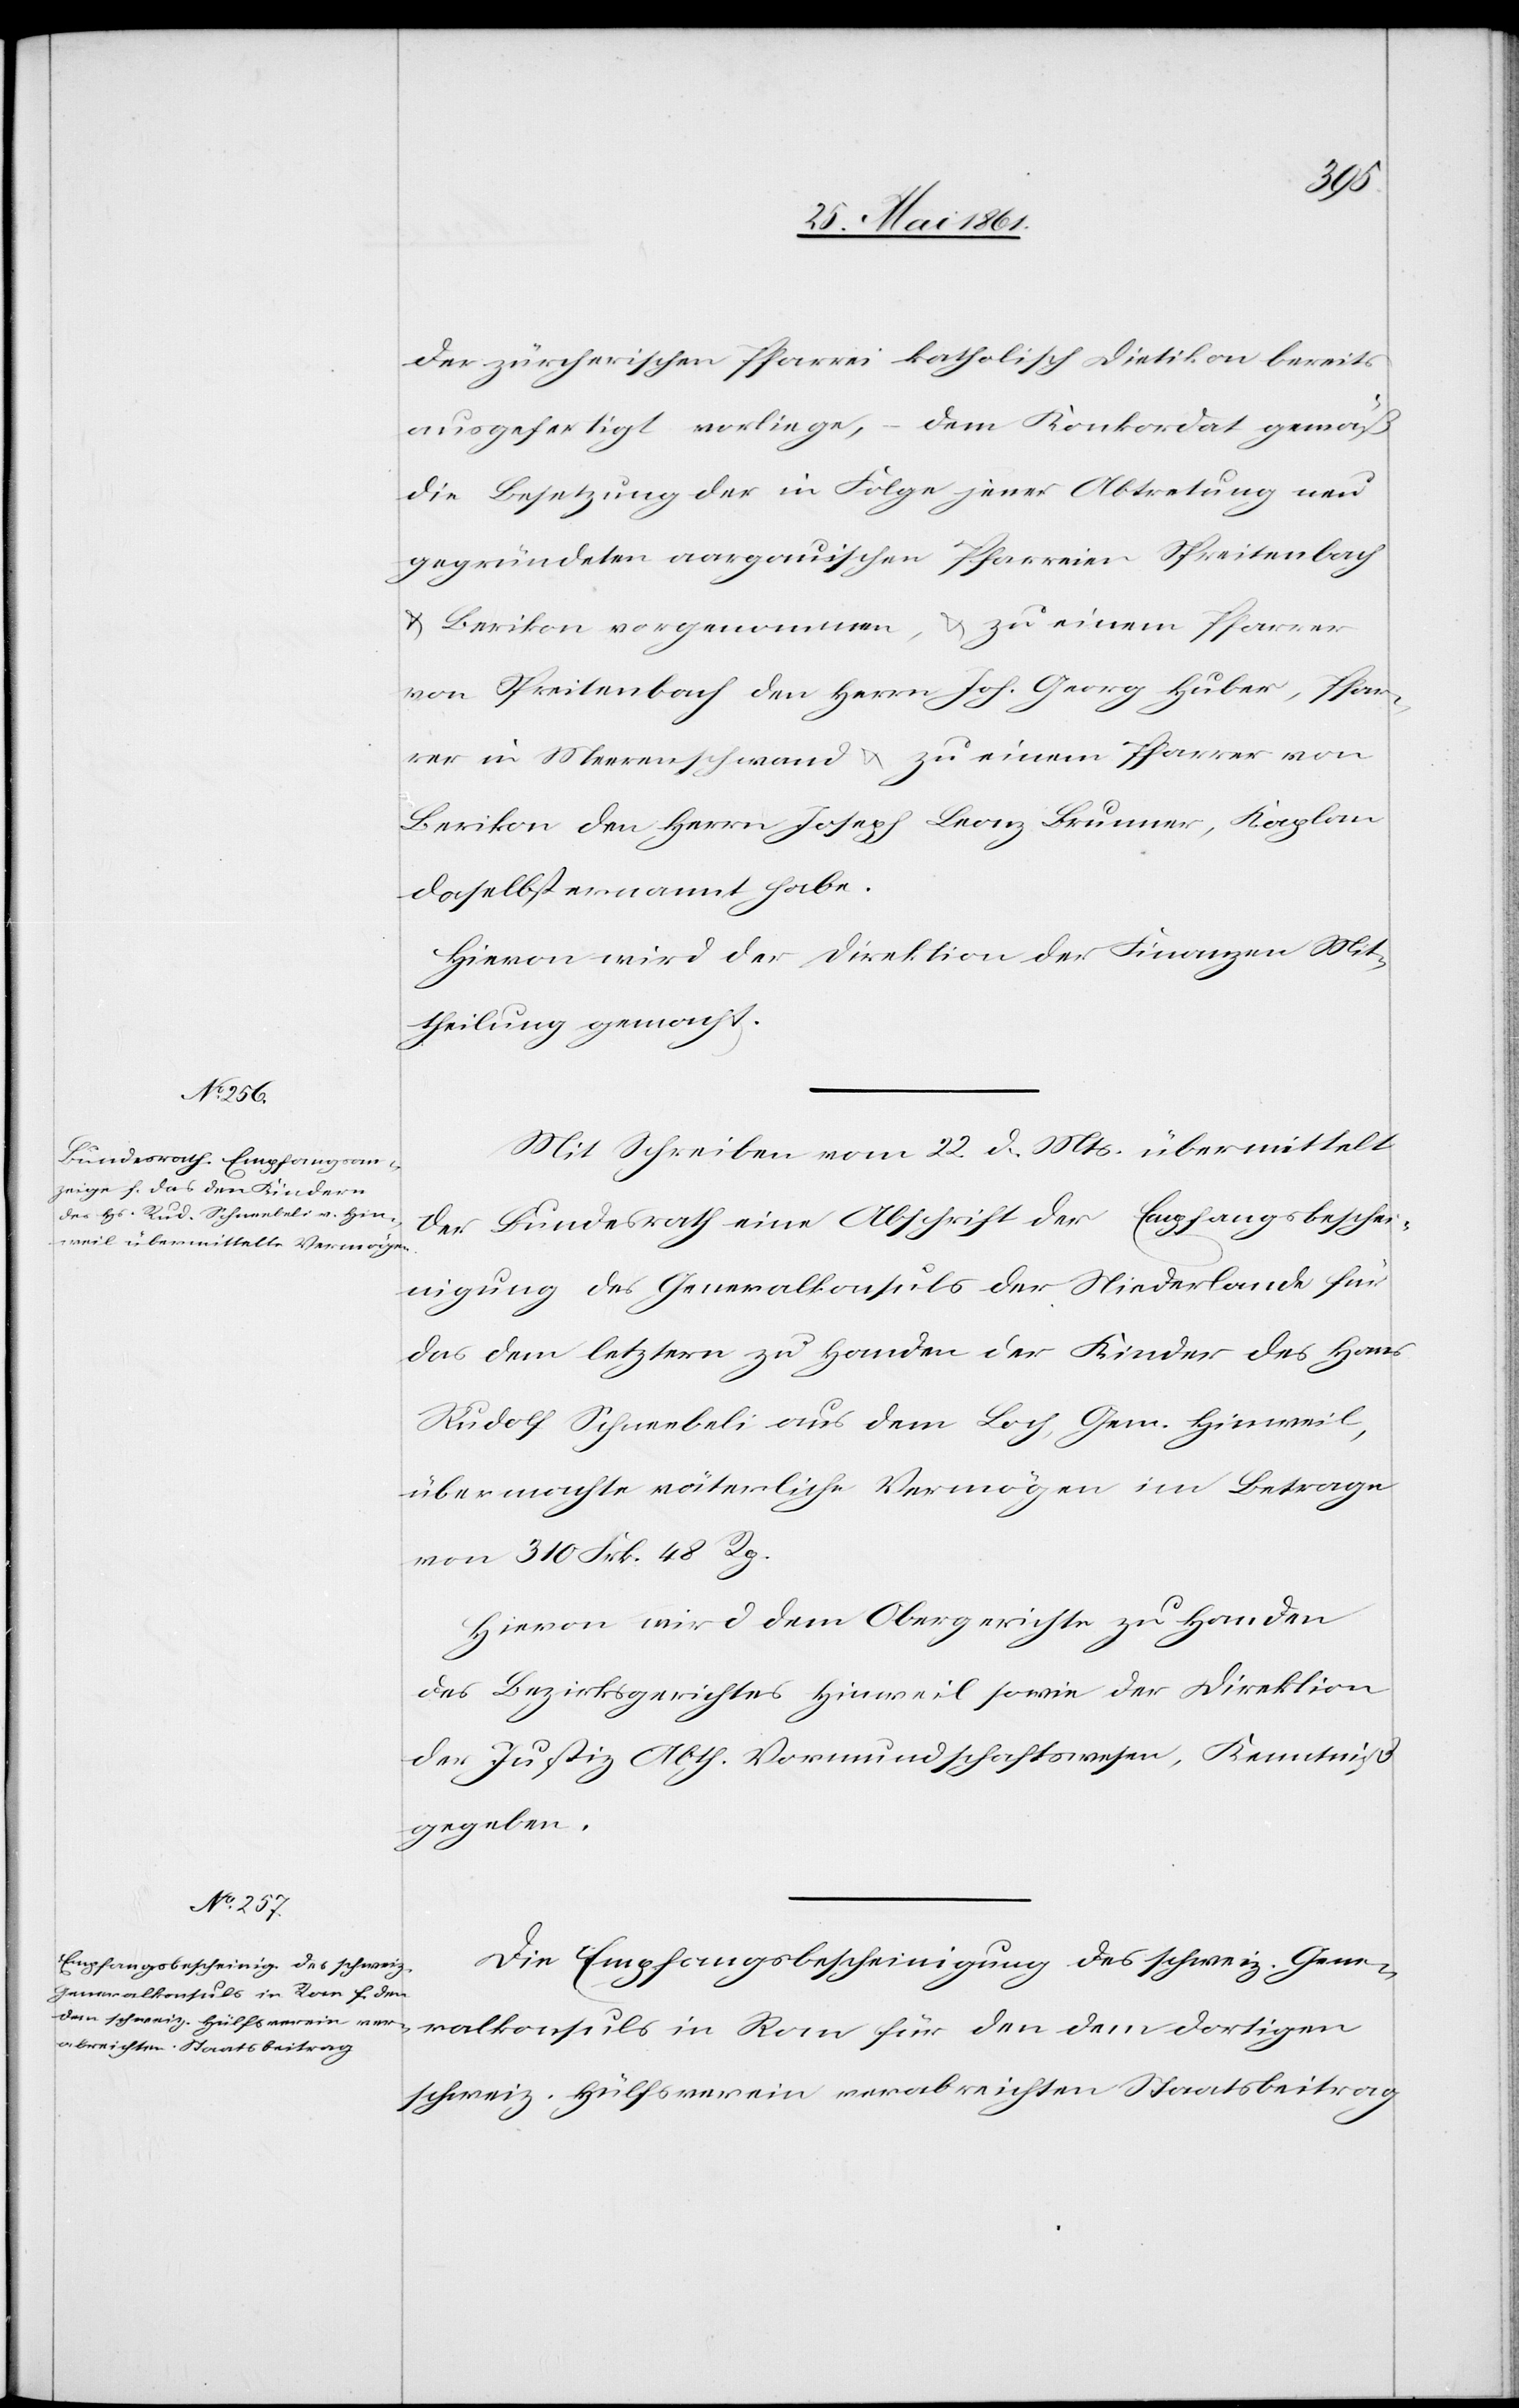
der zürcherischen Pfarrei katholisch Dietikon bereits
ausgefertigt vorliege, – dem Konkordat gemäß
die Besetzung der in Folge jener Abtretung neu
gegründeten aargauischen Pfarreien Spreitenbach
u. Berikon vorgenommen, u. zu einem Pfarrer
von Spreitenbach den Herrn Joh. Georg Huber, Pfar¬
rer in Meerenschwand u. zu einem Pfarrer von
Berikon den Herrn Joseph Leonz Brunner, Kaplan
daselbst ernannt habe.
Hievon wird der Direktion der Finanzen Mit¬
theilung gemacht.
Mit Schreiben vom 22. d. Mts. übermittelt
der Bundesrath eine Abschrift der Empfangsbeschei¬
nigung des Generalkonsuls der Niederlande für
das dem letztern zu Handen der Kinder des Hans
Rudolf Schneebeli aus dem Loch, Gem. Hinweil,
übermachte väterliche Vermögen im Betrage
von 310 Frk. 48 Rp.
Hievon wird dem Obergerichte zu Handen
des Bezirksgerichtes Hinweil sowie der Direktion
der Justiz Abth. Vormundschaftswesen, Kenntniß
gegeben.
Die Empfangsbescheinigung des schweiz. Gene¬
ralkonsuls in Rom für den dem dortigen
schweiz. Hülfsverein verabreichten Staatsbeitrag